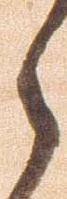
之